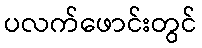
ပလက်ဖောင်းတွင်